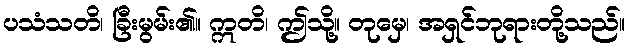
ပသံသတိ၊ ခြီးမွမ်း၏။ ဣတိ၊ ဤသို့။ တုမှေ၊ အရှင်ဘုရားတို့သည်။